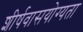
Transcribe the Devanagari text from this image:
शीर्षवासयोग्यता